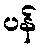
ပန်